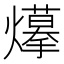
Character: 𤑮